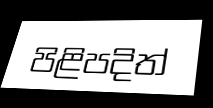
පිළිපදිත්